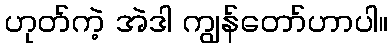
ဟုတ်ကဲ့ အဲဒါ ကျွန်တော်ဟာပါ။